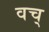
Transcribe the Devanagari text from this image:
वच्